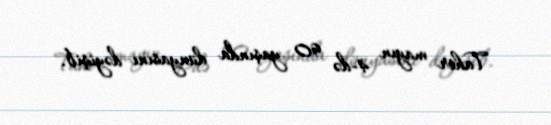
Tahir mayın 4-də 90 yaşında dünyasını dəyişib.